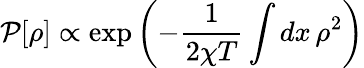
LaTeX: \mathcal P[\rho]\propto\exp\left(-\frac 1{2\chi T}\int dx\, \rho^{2}\right)